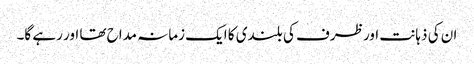
ان کی ذہانت اور ظرف کی بلندی کا ایک زمانہ مداح تھا اور رہے گا۔